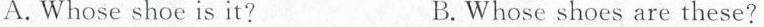
A.Whose shoe is it? B.Whose shoes are these?